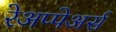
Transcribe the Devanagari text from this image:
रेअप्पेअर्स